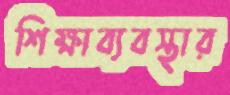
শিক্ষাব্যবস্থার